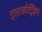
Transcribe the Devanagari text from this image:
ट्लाकोट्झिन